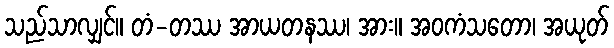
သည်သာလျှင်။ တံ-တဿ အာယတနဿ၊ အား။ အဝကံသတော၊ အယုတ်